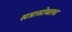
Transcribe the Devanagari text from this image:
सत्रासोबतच